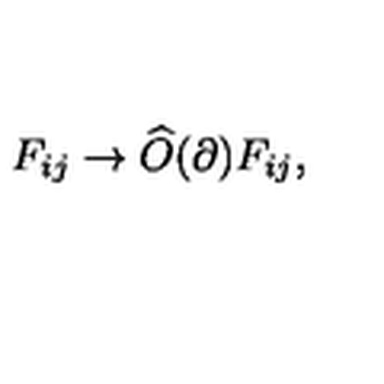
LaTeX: F _ { i j } \rightarrow \widehat { O } ( \partial ) F _ { i j } ,